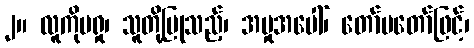
၂။ လူကိုမရှု၊ သူတို့ပြုသည့်၊ အမှုအပေါ်၊ တော်မတော်ဖြင့်၊